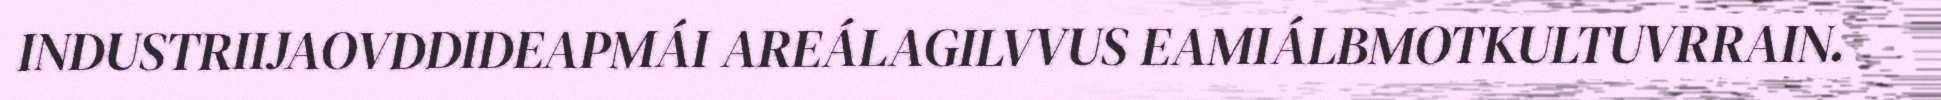
INDUSTRIIJAOVDDIDEAPMÁI AREÁLAGILVVUS EAMIÁLBMOTKULTUVRRAIN.